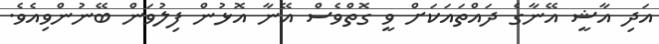
އަދި އާޝީ އޭނާގެ ދައްތައަކަށް ވީ ގޮތްވެސް އޭނާ އޮޅުން ފިލުވަން ބޭނުންވިއެވެ.